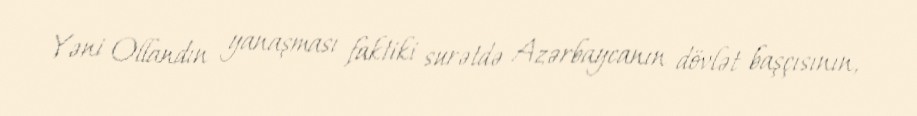
Yəni Ollandın yanaşması faktiki surətdə Azərbaycanın dövlət başçısının,